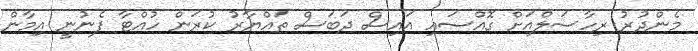
މެންދުރު ރިހާސަލްއަށް ގޮއްސައި އައިސް ދަބަސް ތައްޔާރު ކުރަން ހުއްޓާ ފެނުނީ އިމާން